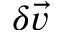
\delta \vec { v }